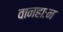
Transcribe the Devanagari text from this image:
वानहाःन